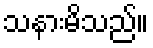
သနားမိသည်။